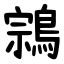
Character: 鶎